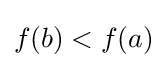
f(b)<f(a)